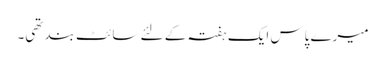
میرے پاس ایک ہفتہ کے لئے سائٹ بند تھی۔